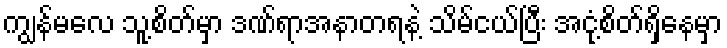
ကျွန်မလေ သူ့စိတ်မှာ ဒဏ်ရာအနာတရနဲ့ သိမ်ငယ်ပြီး အငုံ့စိတ်ရှိနေမှာ